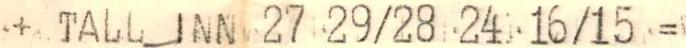
+ TALL_INN 27 29/28 24 16/15 =